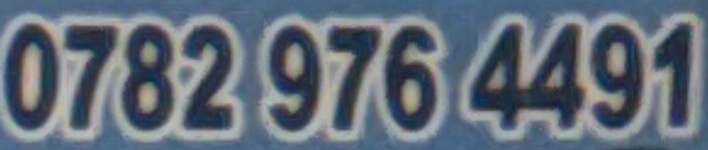
0782 976 4491